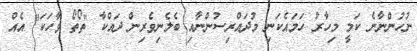
ނުހުންނާނެ ކަމީ މިހާރު ހަމައެކަނި މުދައްރިސުންނާއި ބެލެނިވެރިން ދައްކާ "ތޯތޯ ވާހަކަ" އެއް